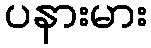
ပနားမား